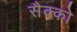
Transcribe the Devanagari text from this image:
सैक्को